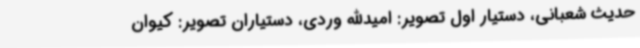
حدیث شعبانی، دستیار اول تصویر: امیدالله وردی، دستیاران تصویر: کیوان